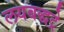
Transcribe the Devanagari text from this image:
लयबद्धट्रे